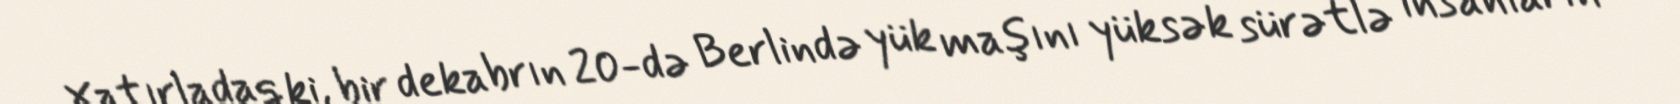
Xatırladaq ki, bir dekabrın 20-də Berlində yük maşını yüksək sürətlə insanların